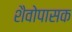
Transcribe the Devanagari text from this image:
शैवोपासक